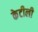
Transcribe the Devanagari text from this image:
केटीली